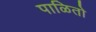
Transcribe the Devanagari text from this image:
पाळितो